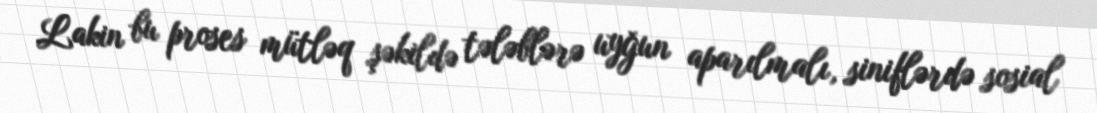
Lakin bu proses mütləq şəkildə tələblərə uyğun aparılmalı, siniflərdə sosial